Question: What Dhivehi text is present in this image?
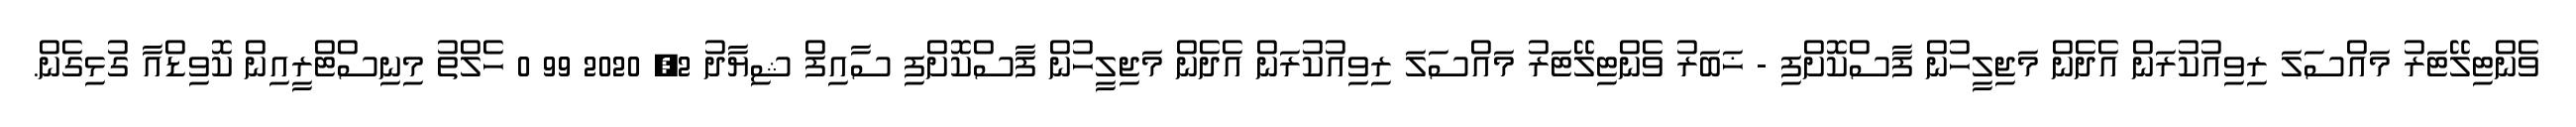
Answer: ވެންޓިލޭޓަރު މައްސަލަ ރިވިއުކުރަން އެދެން މަޖިލީހުން ފާސްކޮށްފި - ޚަބަރު ވެންޓިލޭޓަރު މައްސަލަ ރިވިއުކުރަން އެދެން މަޖިލީހުން ފާސްކޮށްފި ސާއިފް ޝިޔާދު 2, 2020 99 0 ހެލްތު މިނިސްޓްރީއިން ކޮވިޑްއާ ގުޅިގެން.